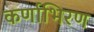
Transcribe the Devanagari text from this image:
कर्णाभिरण